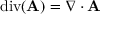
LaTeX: \operatorname { d i v } ( \mathbf { A } ) = \nabla \cdot \mathbf { A }